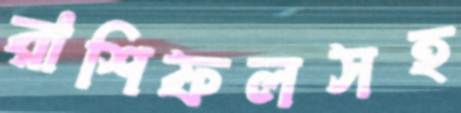
রাশিফলসহ